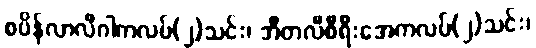
စပိန်လာလီဂါကလပ်(၂)သင်း၊ အီတလီစီရီးအေကလပ်(၂)သင်း၊